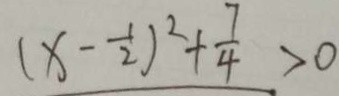
( x - \frac { 1 } { 2 } ) ^ { 2 } + \frac { 7 } { 4 } > 0